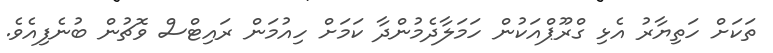
ތަކަށް ހަތިޔާރު އެޅި ގްރޫޕްއަކުން ހަމަލާދެމުންދާ ކަމަށް ހިއުމަން ރައިޓްސް ވޮޗުން ބުނެފިއެވެ.